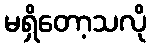
မရှိတော့သလို